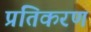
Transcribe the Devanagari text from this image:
प्रतिकरण